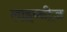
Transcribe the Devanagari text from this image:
लाइब्नीज